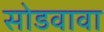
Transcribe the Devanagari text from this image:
सोडवावा